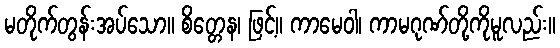
မတိုက်တွန်းအပ်သော။ စိတ္တေန၊ ဖြင့်။ ကာမေဝါ၊ ကာမဂုဏ်တို့ကိုမူလည်း။